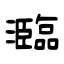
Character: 瀶